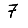
Digit: 7